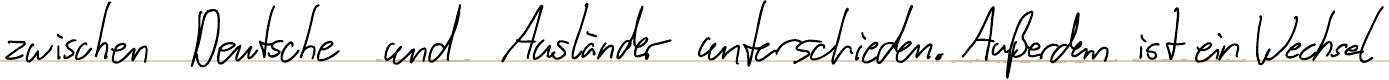
zwischen Deutsche und Ausländer unterschieden. Außerdem ist ein Wechsel